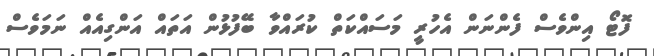
ފޮޓޯ އިންވެސް ފެންނަން އެހުރީ މަސައްކަތް ކުރައްވާ ބޭފުޅުން އަތައް އަންގިއެއް ނަމަވެސް